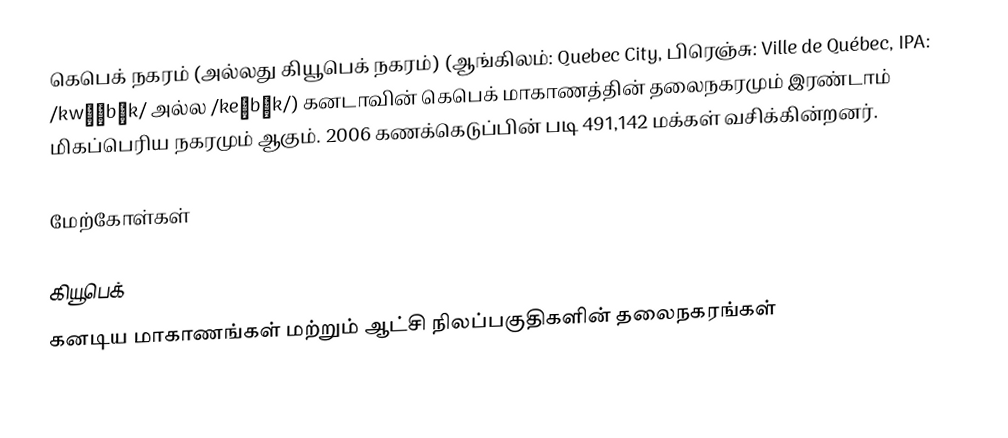
கெபெக் நகரம் (அல்லது கியூபெக் நகரம்) (ஆங்கிலம்: Quebec City, பிரெஞ்சு: Ville de Québec, IPA: /kwɨˈbɛk/ அல்ல /keˈbɛk/) கனடாவின் கெபெக் மாகாணத்தின் தலைநகரமும் இரண்டாம் மிகப்பெரிய நகரமும் ஆகும். 2006 கணக்கெடுப்பின் படி 491,142 மக்கள் வசிக்கின்றனர்.

மேற்கோள்கள்

கியூபெக்
கனடிய மாகாணங்கள் மற்றும் ஆட்சி நிலப்பகுதிகளின் தலைநகரங்கள்